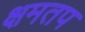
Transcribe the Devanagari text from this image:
क्षमतप